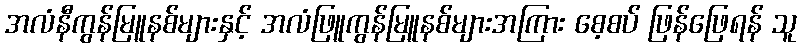
အလံနီကွန်မြူနစ်များနှင့် အလံဖြူကွန်မြူနစ်များအကြား စေ့စပ် ဖြန်ဖြေရန် သူ